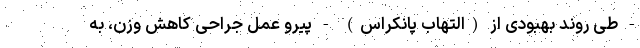
- طی روند بهبودی از (التهاب پانکراس) - پیرو عمل جراحی کاهش وزن، به